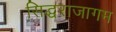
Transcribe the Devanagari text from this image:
सिद्धराजागम